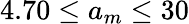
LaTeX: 4.70\le a_{m}\le 30